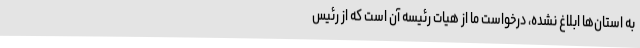
به استان‌ها ابلاغ نشده، درخواست ما از هیات رئیسه آن است که از رئیس